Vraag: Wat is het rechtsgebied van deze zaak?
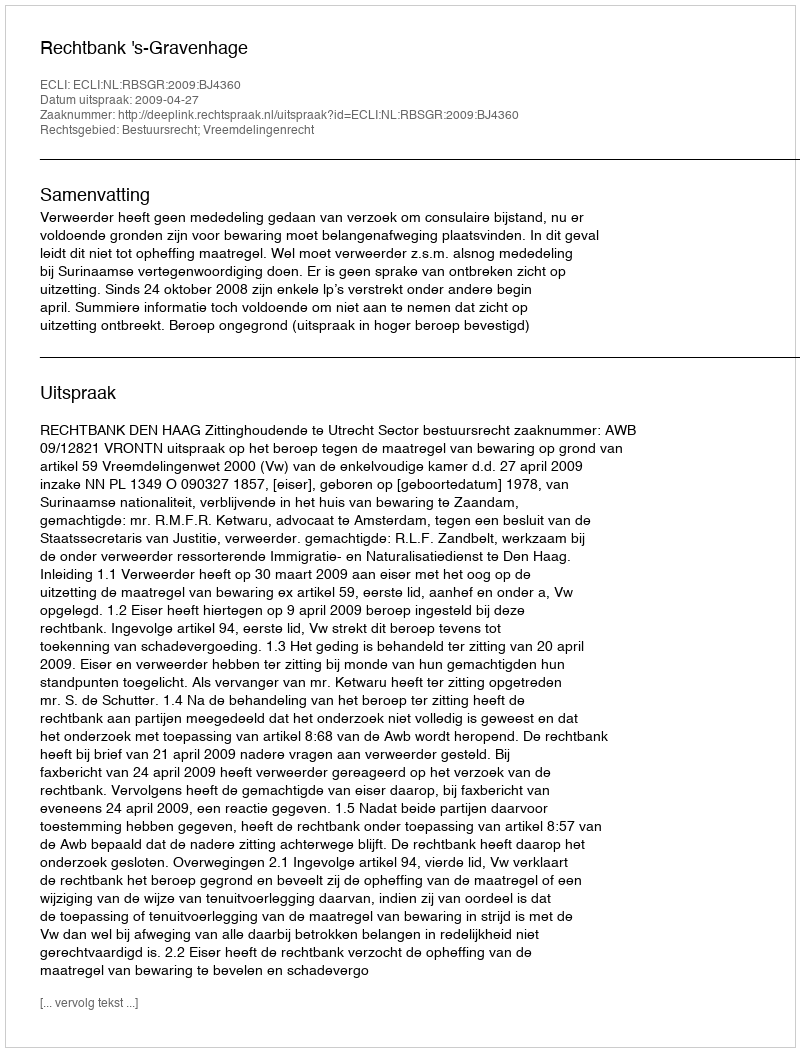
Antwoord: Bestuursrecht; Vreemdelingenrecht